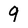
Character: 9